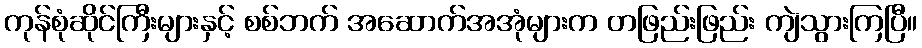
ကုန်စုံဆိုင်ကြီးများနှင့် စစ်ဘက် အဆောက်အအုံများက တဖြည်းဖြည်း ကျဲသွားကြပြီ။